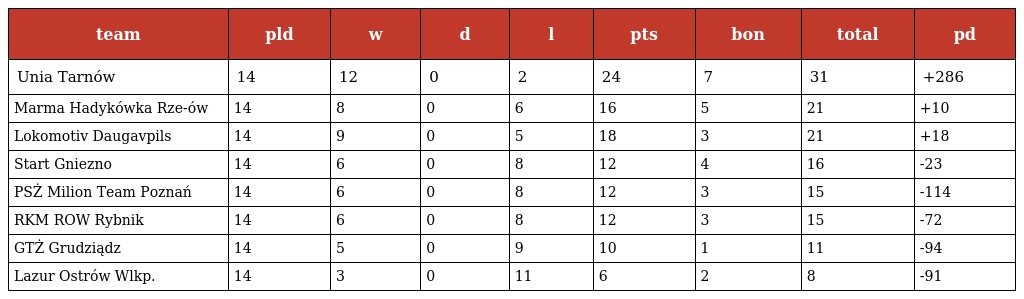
| team | pld | w | d | l | pts | bon | total | pd |
 | --- | --- | --- | --- | --- | --- | --- | --- | --- |
 | Unia Tarnów | 14 | 12 | 0 | 2 | 24 | 7 | 31 | +286 |
 | Marma Hadykówka Rze-ów | 14 | 8 | 0 | 6 | 16 | 5 | 21 | +10 |
 | Lokomotiv Daugavpils | 14 | 9 | 0 | 5 | 18 | 3 | 21 | +18 |
 | Start Gniezno | 14 | 6 | 0 | 8 | 12 | 4 | 16 | -23 |
 | PSŻ Milion Team Poznań | 14 | 6 | 0 | 8 | 12 | 3 | 15 | -114 |
 | RKM ROW Rybnik | 14 | 6 | 0 | 8 | 12 | 3 | 15 | -72 |
 | GTŻ Grudziądz | 14 | 5 | 0 | 9 | 10 | 1 | 11 | -94 |
 | Lazur Ostrów Wlkp. | 14 | 3 | 0 | 11 | 6 | 2 | 8 | -91 |